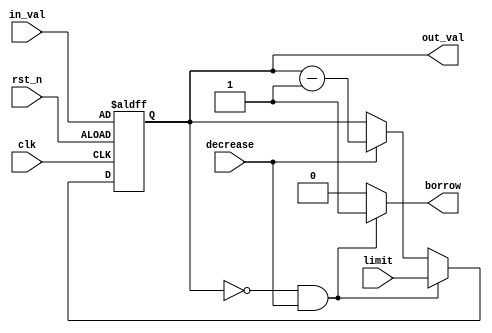
`timescale 1ns / 1ps
//////////////////////////////////////////////////////////////////////////////////
// Company: 
// Engineer: 
// 
// Design Name: 
// Module Name: bcd_downcounter
// Project Name: 
// Target Devices: 
// Tool Versions: 
// Description: 
// 
// Dependencies: 
// 
// Revision:
// Revision 0.01 - File Created
// Additional Comments:
// 
//////////////////////////////////////////////////////////////////////////////////


module bcd_downcounter(decrease, limit, in_val, clk, rst_n, out_val, borrow);
    input decrease, clk, rst_n;
    input [3:0] limit;
    input [3:0] in_val;
    output reg [3:0] out_val;
    output reg borrow;
    reg [3:0] out_val_tmp;
    
always@*
    if (out_val == 4'd0 && decrease)
    begin
        out_val_tmp = limit;
        borrow = 1;
    end
    else if (decrease)
    begin
        out_val_tmp = out_val - 1'b1;
        borrow = 0;
    end
    else
    begin
        out_val_tmp = out_val;
        borrow = 0;
    end
 
always@(posedge clk or negedge rst_n )
    if (~rst_n) out_val <= in_val;
    else out_val <= out_val_tmp;

endmodule